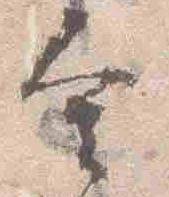
舎